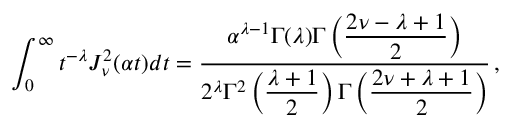
\int _ { 0 } ^ { \infty } t ^ { - \lambda } J _ { \nu } ^ { 2 } ( \alpha t ) d t = \frac { \alpha ^ { \lambda - 1 } \Gamma ( \lambda ) \Gamma \left( \displaystyle { \frac { 2 \nu - \lambda + 1 } { 2 } } \right) } { 2 ^ { \lambda } \Gamma ^ { 2 } \left( \displaystyle { \frac { \lambda + 1 } { 2 } } \right) \Gamma \left( \displaystyle { \frac { 2 \nu + \lambda + 1 } { 2 } } \right) } \, ,